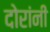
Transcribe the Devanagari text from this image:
दोरांनी